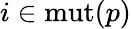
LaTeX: i\in\mathrm{mut}(p)